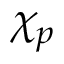
\chi _ { p }